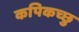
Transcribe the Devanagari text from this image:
कपिकच्छु